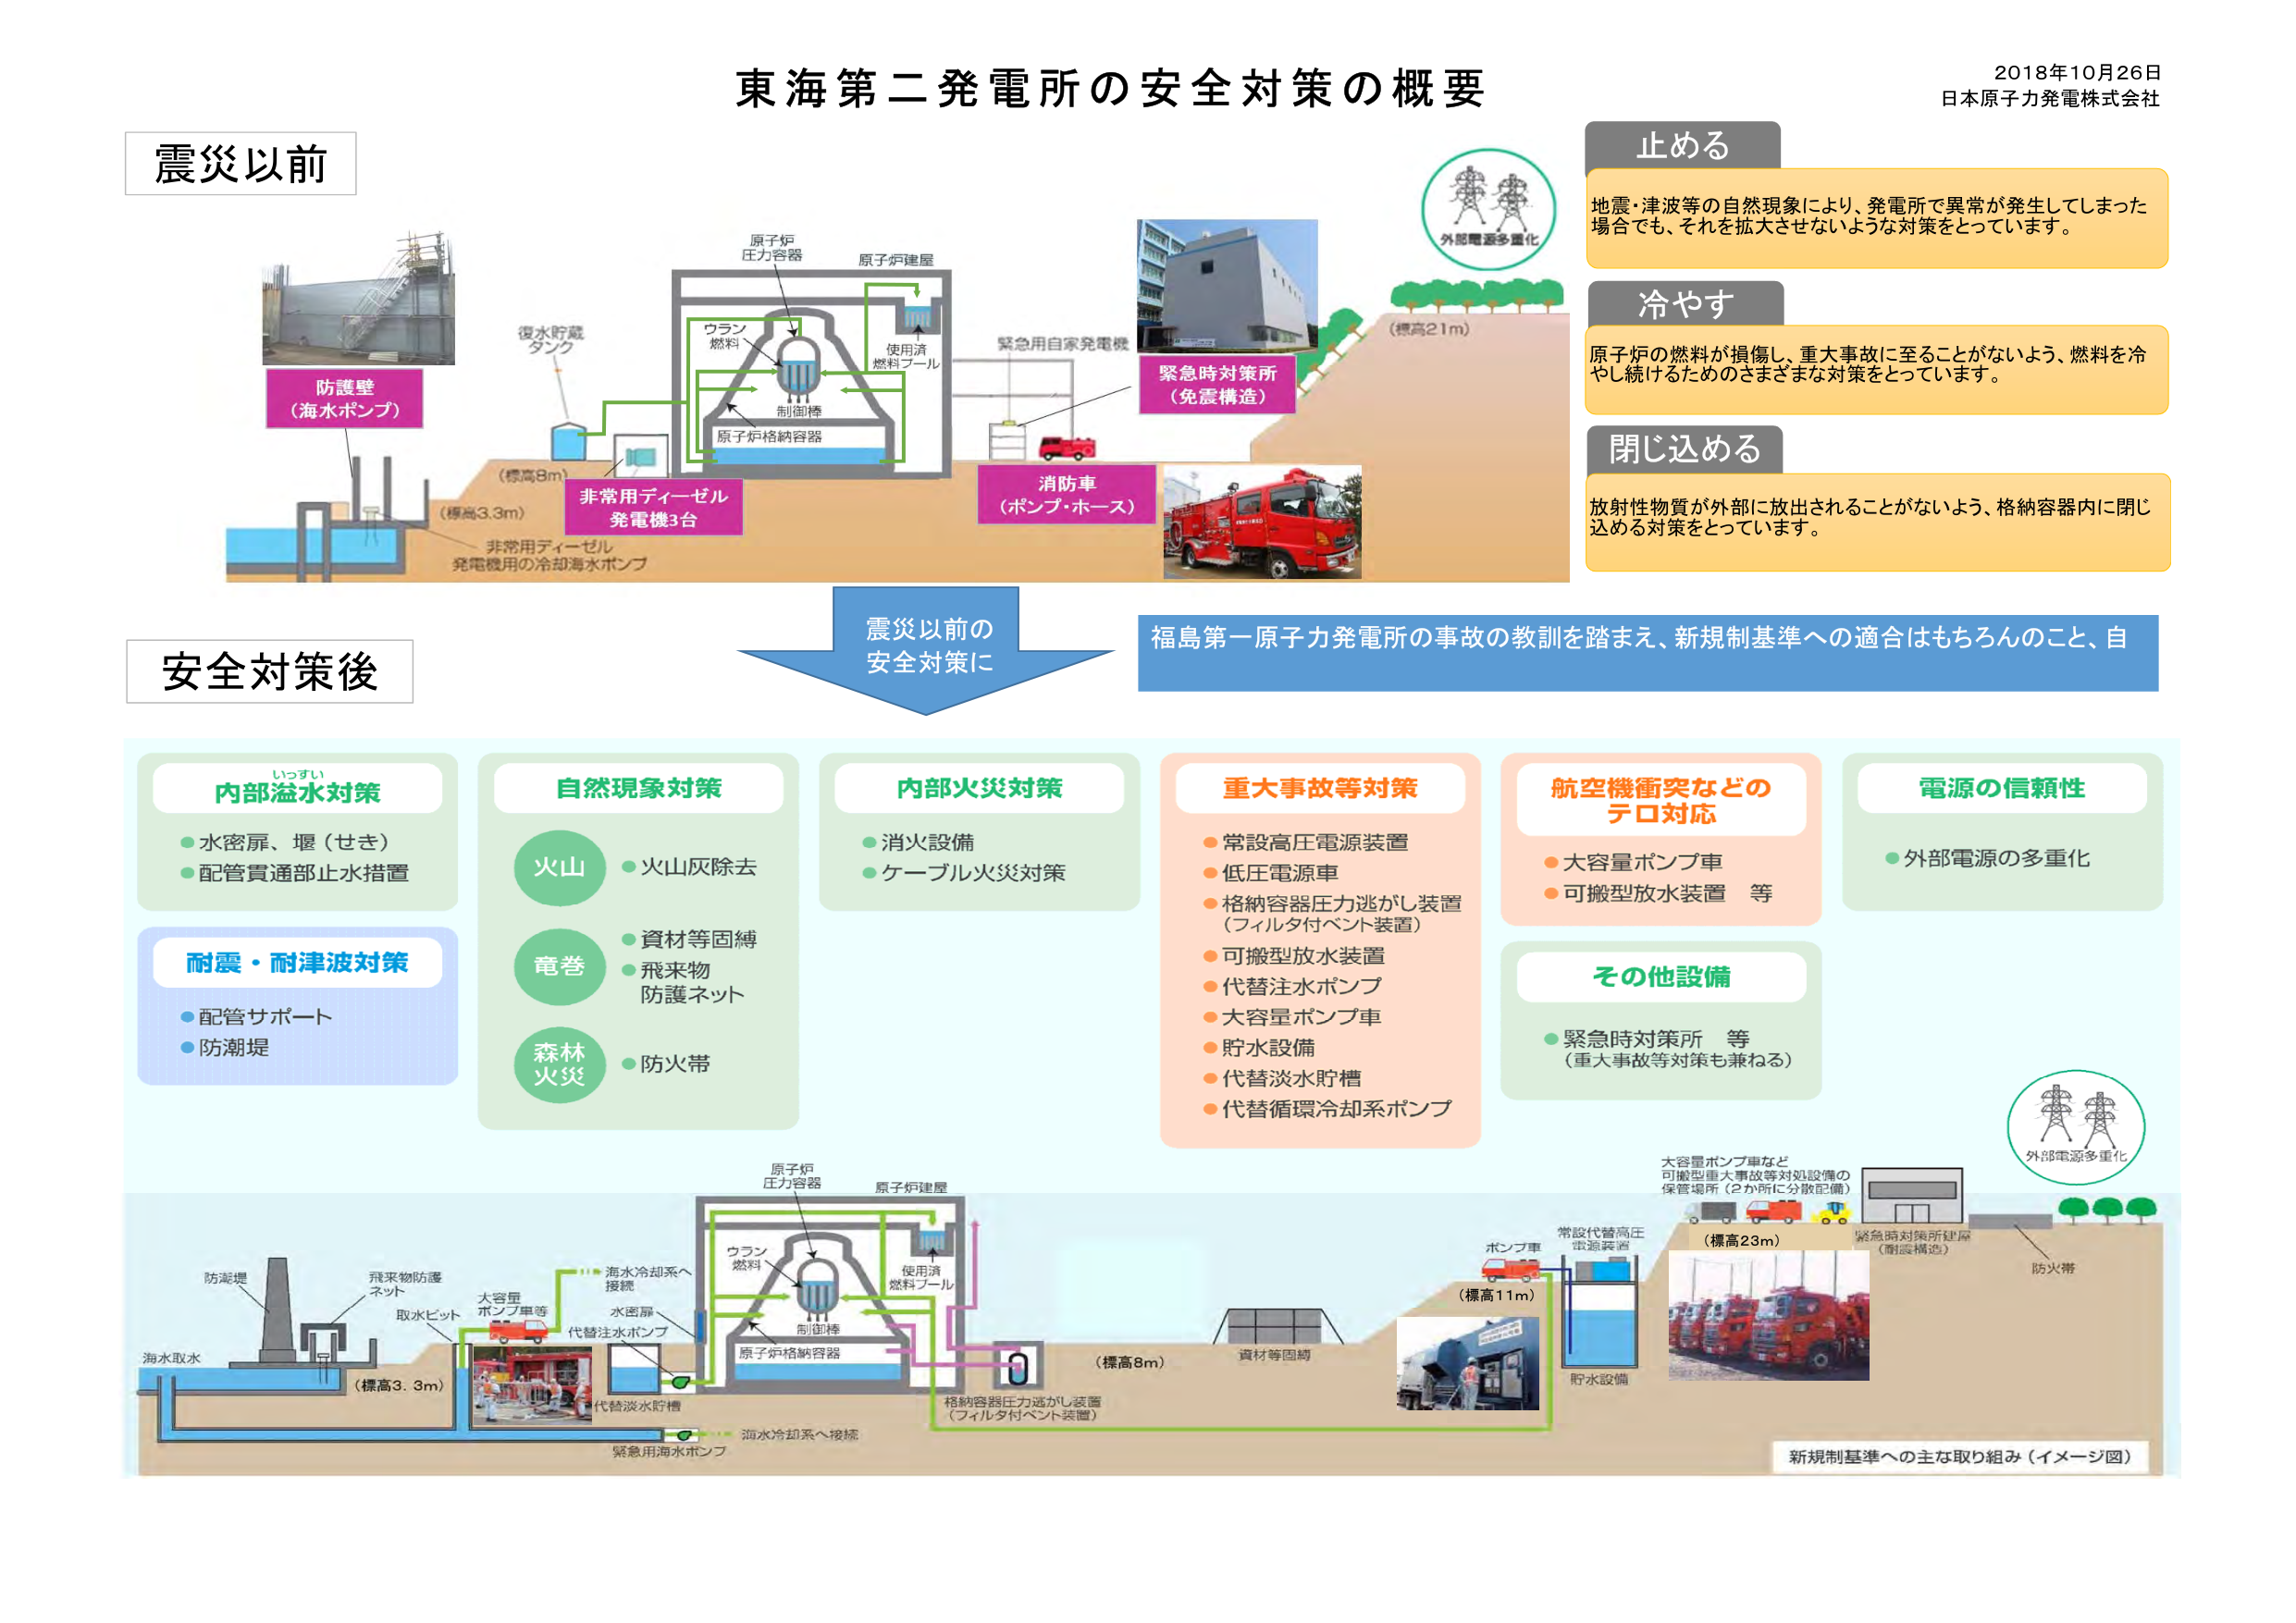
東海第二発電所の安全対策の概要
2018年10月26日
日本原子力発電株式会社

震災以前

防護壁
（海水ポンプ）

復水貯蔵
タンク

（標高8m）

非常用ディーゼル
発電機3台

非常用ディーゼル
発電機用の冷却海水ポンプ

（標高3.3m）

原子炉
圧力容器

原子炉建屋

ウラン
燃料

制御棒

原子炉格納容器

使用済
燃料プール

緊急用自家発電機

緊急時対策所
（免震構造）

消防車
（ポンプ・ホース）

（標高21m）

外部電源多重化

止める
地震・津波等の自然現象により、発電所で異常が発生してしまった
場合でも、それを拡大させないような対策をとっています。

冷やす
原子炉の燃料が損傷し、重大事故に至ることがないよう、燃料を冷
やし続けるためのさまざまな対策をとっています。

閉じ込める
放射性物質が外部に放出されることがないよう、格納容器内に閉じ
込める対策をとっています。

震災以前の
安全対策に

福島第一原子力発電所の事故の教訓を踏まえ、新規制基準への適合はもちろんのこと、自

安全対策後

内部溢水対策
・水密扉、堰（せき）
・配管貫通部止水措置

耐震・耐津波対策
・配管サポート
・防潮堤

自然現象対策
火山
・火山灰除去
竜巻
・資材等固縛
・飛来物
防護ネット
森林火災
・防火帯

内部火災対策
・消火設備
・ケーブル火災対策

重大事故等対策
・常設高圧電源装置
・低圧電源車
・格納容器圧力逃がし装置
（フィルタ付ベント装置）
・可搬型放水装置
・代替注水ポンプ
・大容量ポンプ車
・貯水設備
・代替淡水貯槽
・代替循環冷却系ポンプ

航空機衝突などの
テロ対応
・大容量ポンプ車
・可搬型放水装置　等

電源の信頼性
・外部電源の多重化

その他設備
・緊急時対策所　等
（重大事故等対策も兼ねる）

外部電源多重化

海水取水

防潮堤

飛来物防護
ネット

取水ピット

（標高3.3m）

大容量
ポンプ車等

海水冷却系へ
接続

水密扉

代替注水ポンプ

代替淡水貯槽

緊急用海水ポンプ

原子炉
圧力容器

原子炉建屋

ウラン
燃料

制御棒

原子炉格納容器

使用済
燃料プール

格納容器圧力逃がし装置
（フィルタ付ベント装置）

（標高8m）

資材等固縛

（標高11m）

貯水設備

常設代替高圧
電源装置

ポンプ車

大容量ポンプ車など
可搬型重大事故等対処設備の
保管場所（2か所に分散配備）

緊急時対策所建屋
（耐震構造）

（標高23m）

防火帯

新規制基準への主な取り組み（イメージ図）